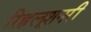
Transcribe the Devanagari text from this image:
रिह्वलूशनरी